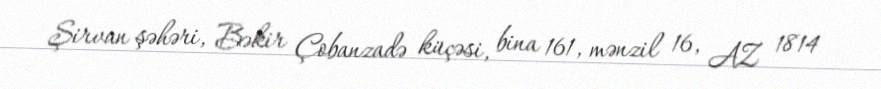
Şirvan şəhəri, Bəkir Çobanzadə küçəsi, bina 161, mənzil 16, AZ 1814